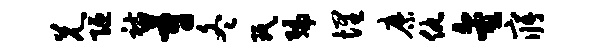
兄陋祜蔚冬珉编埋縻仇金寤